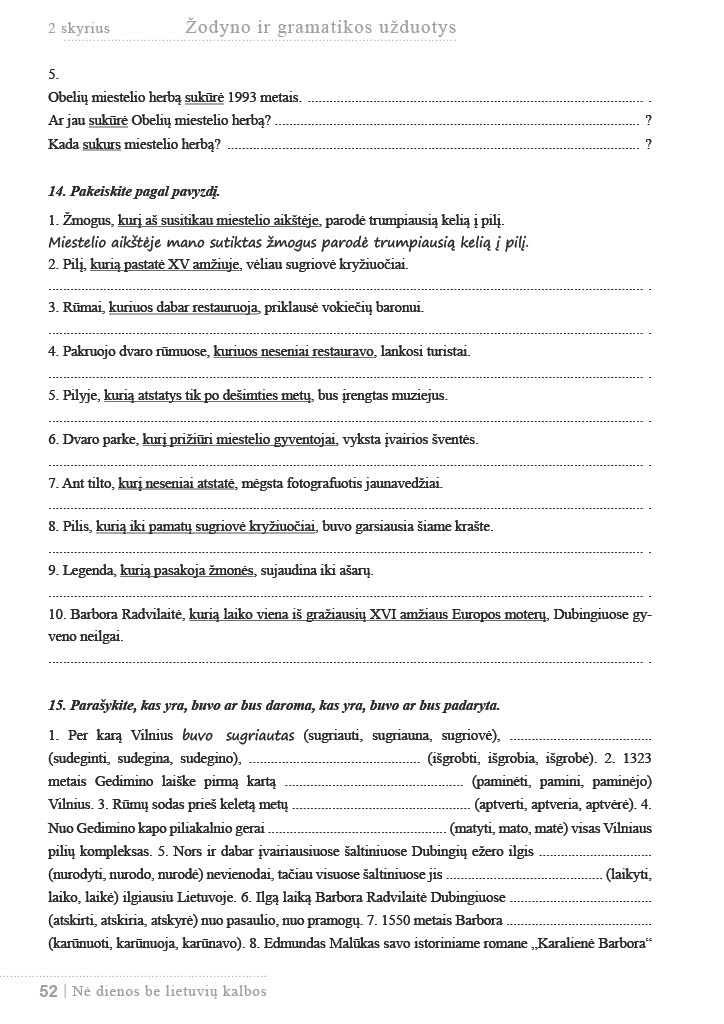
Language: lt